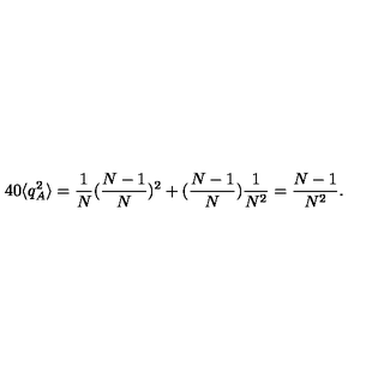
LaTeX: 4 0 \langle q _ { A } ^ { 2 } \rangle = \frac { 1 } { N } ( \frac { N - 1 } { N } ) ^ { 2 } + ( \frac { N - 1 } { N } ) \frac { 1 } { N ^ { 2 } } = \frac { N - 1 } { N ^ { 2 } } .